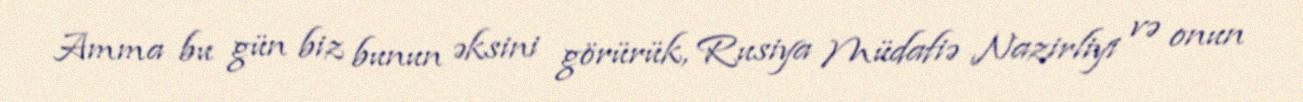
Amma bu gün biz bunun əksini görürük, Rusiya Müdafiə Nazirliyi və onun